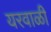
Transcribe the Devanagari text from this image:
यरवाळी